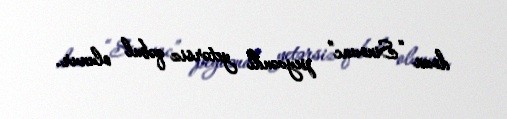
doza “Sinovac” peyvəndi yetərsiz qəbul olunur.